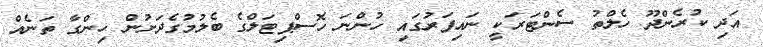
އަދި ކުރެންދޫ ހެލްތު ސެންޓަރަކީ ނައިފަރުގައި ހުންނަ ހޮސްޕިޓަލްގެ ބެލުމުގެދަށުން ހިންގާ ތަނެއް